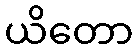
ယိတော